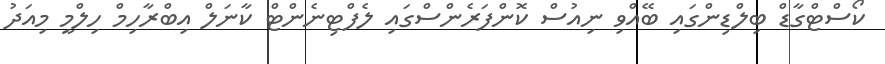
ކޯސްޓްގާޑް ބިލްޑިންގަައި ބޭއްވި ނިއުސް ކޮންފަރެންސްގައި ލެފްޓިނެންޓް ކާނަލް އިބްރާހިމް ހިލްމީ މިއަދު